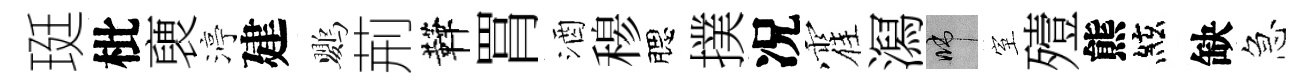
珽枇褏渟建鸚荊鞾罥酒𥠇腮撲况霍㵼啼室殪熊絃缺急